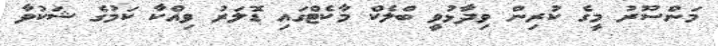
މަންސޫރު މީގެ ކުރިން ވިދާޅުވީ ބްލެކް މާކެޓްގައި ޑޮލަރު ވިއްކާ ކަމުގެ ޝަކުވާ